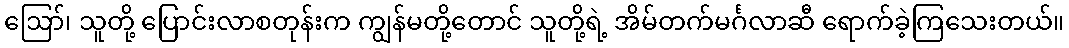
ဪ၊ သူတို့ ပြောင်းလာစတုန်းက ကျွန်မတို့တောင် သူတို့ရဲ့ အိမ်တက်မင်္ဂလာဆီ ရောက်ခဲ့ကြသေးတယ်။